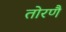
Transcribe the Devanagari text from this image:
तोरणै